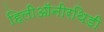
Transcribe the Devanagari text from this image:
हिलीऑनीरथिडी